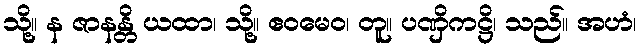
သို့။ န ဇာနန္တိ ယထာ၊ သို့။ ဧဝမေဝ၊ တူ။ ပဏှိကဋ္ဌိ၊ သည်။ အဟံ၊